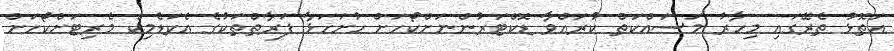
އަތޮޅު ތެރޭގައި މިހާރު މަސައްކަތް ކުރައްވާ ޑޮކްޓަރުންނަށްކޯހަށް ހުށަހަޅާ ފަރާތްތަކުގެ އެކަޑެމިކް މެރިޓަށްކޯހަށް